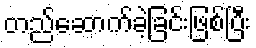
တည်ဆောက်ခဲ့ခြင်းဖြစ်ပြီး